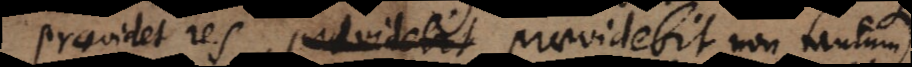
praevidet res, providebit praevidebit non tantum